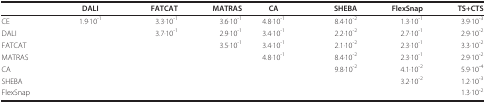
|  | DALI | FATCAT | MATRAS | CA | SHEBA | FlexSnap | TS+CTS |
 | --- | --- | --- | --- | --- | --- | --- | --- |
 | CE | 1.9·10-1 | 3.3·10-1 | 3.6·10-1 | 4.8·10-1 | 8.4·10-2 | 1.3·10-1 | 3.9·10-3 |
 | DALI |  | 3.7·10-1 | 2.9·10-1 | 3.4·10-1 | 2.2·10-2 | 2.7·10-1 | 2.9·10-2 |
 | FATCAT |  |  | 3.5·10-1 | 3.4·10-1 | 2.1·10-2 | 2.3·10-1 | 3.3·10-2 |
 | MATRAS |  |  |  | 4.8·10-1 | 8.4·10-2 | 2.3·10-1 | 2.9·10-2 |
 | CA |  |  |  |  | 9.8·10-2 | 4.1·10-2 | 5.9·10-4 |
 | SHEBA |  |  |  |  |  | 3.2·10-2 | 1.2·10-3 |
 | FlexSnap |  |  |  |  |  |  | 1.3·10-2 |